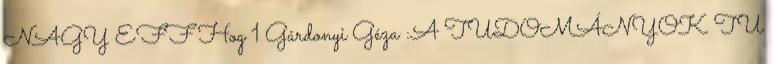
NAGY EFF Hog 1 Gárdonyi Géza :A TUDOMÁNYOK TU